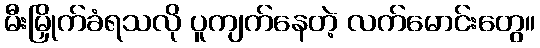
မီးမြှိုက်ခံရသလို ပူကျက်နေတဲ့ လက်မောင်းတွေ။